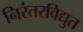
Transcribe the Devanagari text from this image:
निरंतरविद्युत